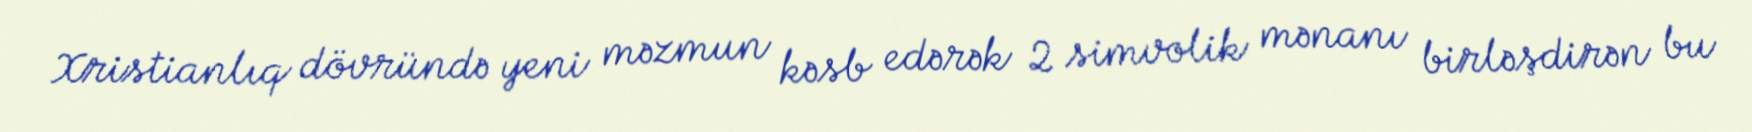
Xristianlıq dövründə yeni məzmun kəsb edərək 2 simvolik mənanı birləşdirən bu